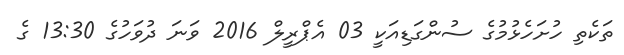
ތަކެތި ހުށަހެޅުމުގެ ސުންގަޑިއަކީ 03 އެޕްރީލް 2016 ވަނަ ދުވަހުގެ 13:30 ގެ